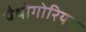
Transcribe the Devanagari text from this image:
पैथोगोरियन